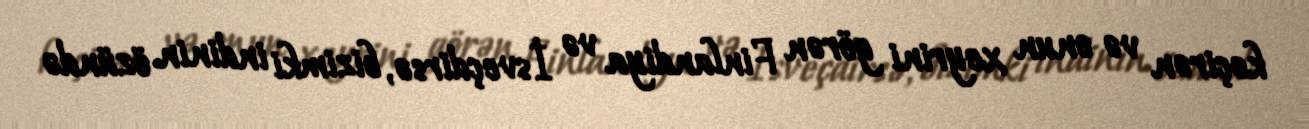
keçirən və onun xeyrini görən Finlandiya və İsveçdirsə, bizimki indinin özündə